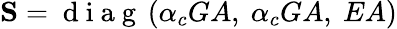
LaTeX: \mathbf{S}=\mathrm{~d~i~a~g~}\left(\alpha_{c}GA,~\alpha_{c}GA,~EA\right)